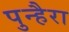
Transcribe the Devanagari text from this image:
पुन्हैरा